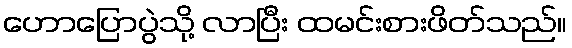
ဟောပြောပွဲသို့ လာပြီး ထမင်းစားဖိတ်သည်။